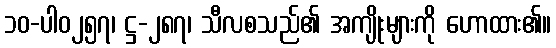
၁၀-ပါ၀၂၅၇၊ ဋ္ဌ-၂၈၇၊ သီလစသည်၏ အကျိုးများကို ဟောထား၏။